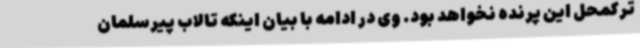
ترکمحل این پرنده نخواهد بود. وی در ادامه با بیان اینکه تالاب پیرسلمان